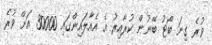
ވުރެ ގިނަ ބޯޓު ބޭނުން ކުރާއިރު އެ އެއާލައިންގައި 30000 އަށް ވުރެ